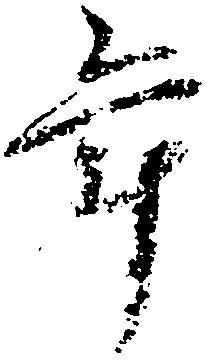
年